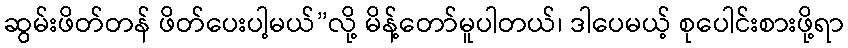
ဆွမ်းဖိတ်တန် ဖိတ်ပေးပါ့မယ်”လို့ မိန့်တော်မူပါတယ်၊ ဒါပေမယ့် စုပေါင်းစားဖို့ရာ